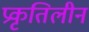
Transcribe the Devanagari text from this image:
प्रकृतिलीन